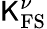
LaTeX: \mathsf{K}_{\mathrm{{FS}}}^{\nu}